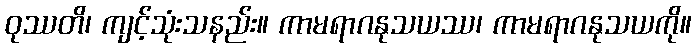
ဝုဿတိ၊ ကျင့်သုံးသနည်း။ ကာမရာဂနုသယဿ၊ ကာမရာဂနုသယကို။